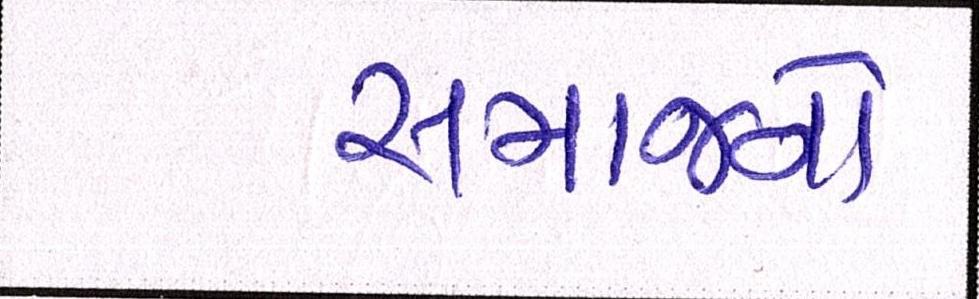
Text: સમાજનો